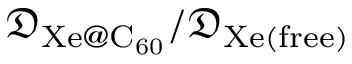
{ \mathfrak { D } _ { \mathrm { X e @ C _ { 6 0 } } } } / { \mathfrak { D } _ { \mathrm { X e ( f r e e ) } } }